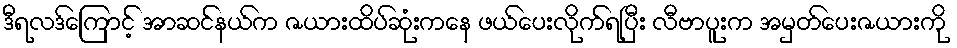
ဒီရလဒ်ကြောင့် အာဆင်နယ်က ဇယားထိပ်ဆုံးကနေ ဖယ်ပေးလိုက်ရပြီး လီဗာပူးက အမှတ်ပေးဇယားကို